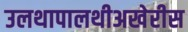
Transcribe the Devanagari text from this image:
उलथापालथीअखेरीस